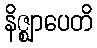
နိဇ္ဈာပေတိ